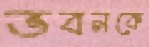
ভবনকে